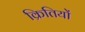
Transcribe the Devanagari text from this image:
क्रितियों